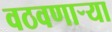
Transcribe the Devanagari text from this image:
वठवणार्‍या